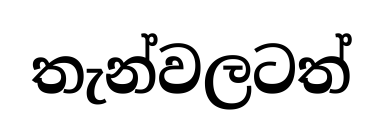
තැන්වලටත්